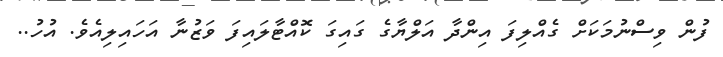
ފުން ވިސްނުމަކަށް ގެއްލިފަ އިންދާ އަލްޔާގެ ގައިގަ ކޮއްޓާލައިފަ ވަޒުނާ އަހައިލިއެވެ. އުހު..